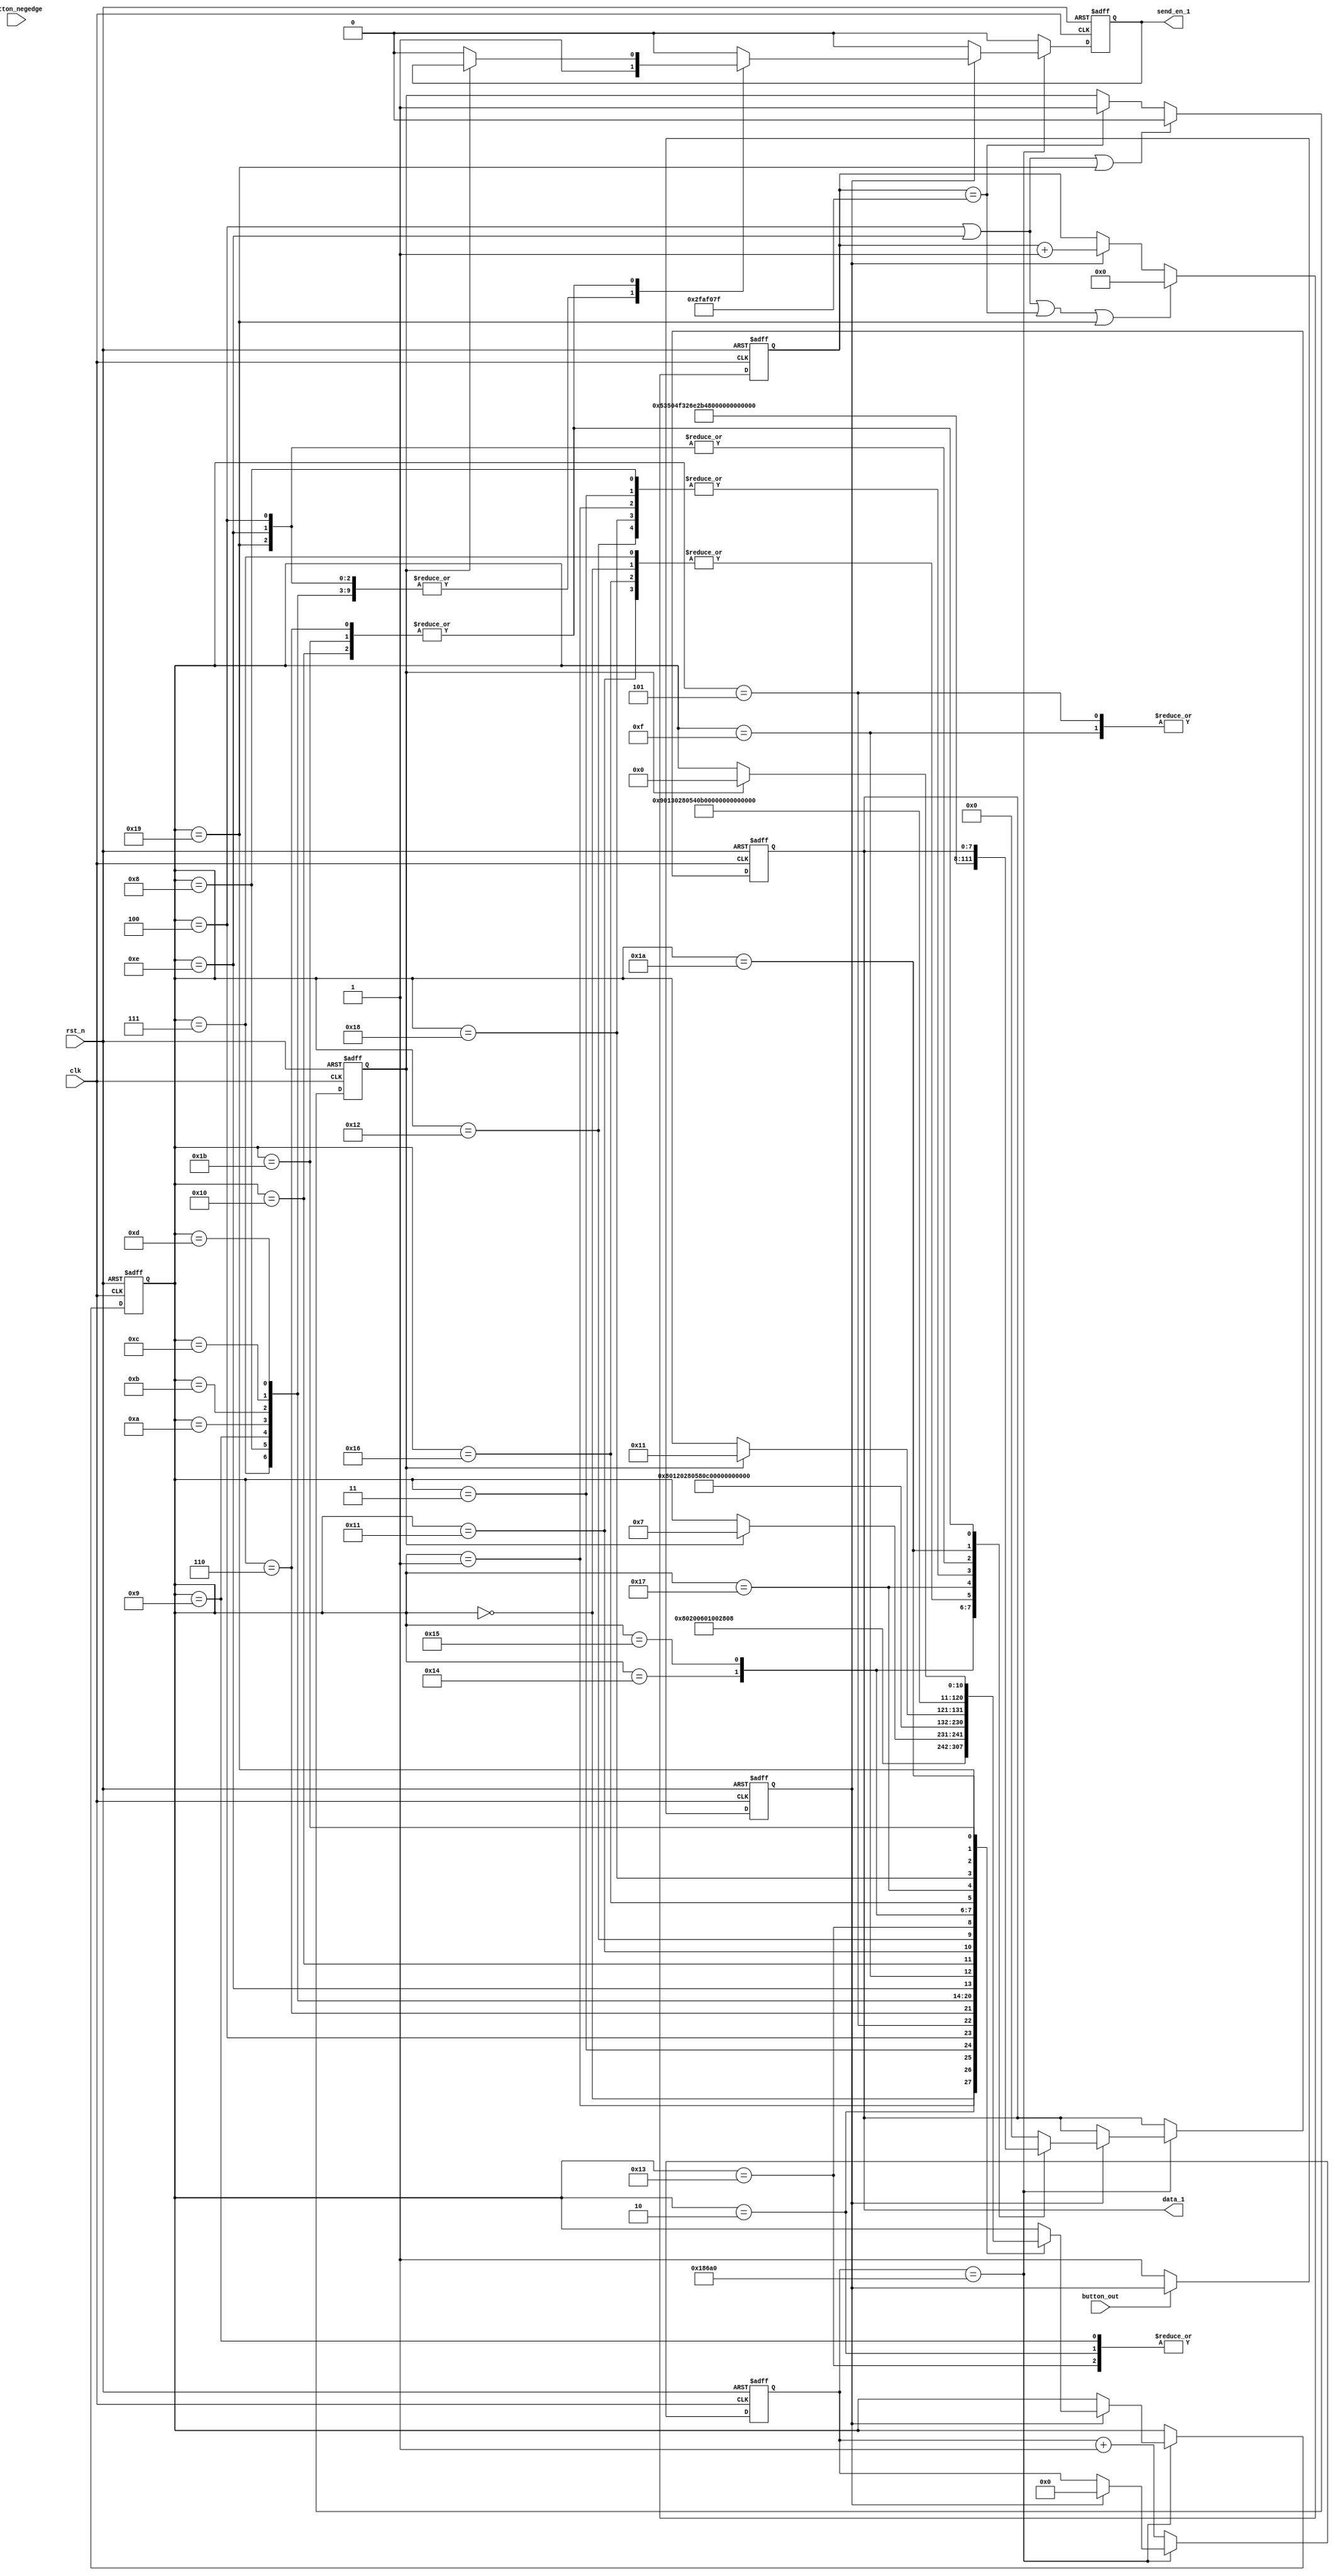
`timescale 1ns / 1ps
//////////////////////////////////////////////////////////////////////////////////
// Company: 
// Engineer: 
// 
// Design Name: 
// Module Name:    tx 
// Project Name: 
// Target Devices: 
// Tool versions: 
// Description: 
//
// Dependencies: 
//
// Revision: 
// Revision 0.01 - File Created
// Additional Comments: 
//
//////////////////////////////////////////////////////////////////////////////////
module tx1(
input clk,
input button_out,
input button_negedge,
input rst_n,

output reg [7:0] data_1,
output reg send_en_1

    );
 
localparam cnt_end='d100_000;	//10
	reg [27:0] cnt_1;
	reg [10:0] count_1;
   reg flag;
   reg [31:0]cnt;
   reg bt;
   
   
	always@(posedge clk or negedge rst_n)
 begin
   if(!rst_n)
   flag<=1'b0;
   else if(!button_out)
   flag<=1'b1;
   else
   flag<=flag;
 end
 always@(posedge clk or negedge rst_n)
 begin
   if(!rst_n)
      begin
       cnt<='d0;
     
      end
   else if((count_1=='d4)||(count_1=='d14)||(cnt=='d49_999_999)||(count_1=='d25))  begin
       cnt<='d0;
       
   end
 
   else if(flag)  begin
   cnt<=cnt+'d1;
   
   end
 end
 
  always@(posedge clk or negedge rst_n)
 begin
   if(!rst_n)
      begin
       
       bt<=0;
      end
   else if((count_1=='d14)||(count_1=='d4)||(count_1=='d25))
       bt<=0;
   else if(cnt=='d49_999_999)  begin
       bt<=1;
       
   end
 
   else   begin
    bt<=bt;
   
   end
 end
 
		always@(posedge clk or negedge rst_n)
	begin
	if(!rst_n)
		begin
			cnt_1<= 1'b0;
			data_1<= 1'b0;
			send_en_1 <= 1'b0;
         count_1<='d0;
		end
	else if(cnt_1 == cnt_end)//
		begin
		if(flag)//
		begin
			cnt_1 <= 1'b0;
		     //cnt_10
         
        
	    case(count_1)
			0:		begin data_1 <="A"; count_1<='d1; send_en_1<= 1'b1; end
			1: 	begin data_1 <="T"; count_1<='d2; send_en_1<= 1'b1; end
			2: 	begin data_1 <="+"; count_1<='d3; send_en_1<= 1'b1; end
         3:    begin data_1 <="T"; count_1<='d4; send_en_1<= 1'b1; end
         4:    begin data_1 <=8'b0000_1101;count_1<='d5; send_en_1<= 1'b1; end
        
         5:    begin 
               data_1 <="\n";
               send_en_1<= 1'b1;
               count_1<='d6; 
               end
         6:   begin
               if(bt)
               count_1<='d7; 
               else
               begin
               send_en_1<= 1'b0;
               count_1<=count_1; end
                 
               end
               
         7:    begin data_1 <="A"; count_1<='d8; send_en_1<= 1'b1;end
         8:    begin data_1 <="T"; count_1<='d9; send_en_1<= 1'b1;end
         9:    begin data_1 <="+"; count_1<='d10;send_en_1<= 1'b1;end
        10:    begin data_1 <="S"; count_1<='d11;send_en_1<= 1'b1;end
        11:    begin data_1 <="P"; count_1<='d12;send_en_1<= 1'b1;end
        12:    begin data_1 <="O"; count_1<='d13;send_en_1<= 1'b1;end
        13:    begin data_1 <="2"; count_1<='d14;send_en_1<= 1'b1;end
        14:    begin data_1 <=8'b0000_1101;count_1<='d15;send_en_1<= 1'b1;end
        15:    begin 
               data_1 <="\n";
               send_en_1<= 1'b1;
               count_1<='d16; 
               end
        16:    begin   
               if(bt)
               count_1<='d17;
               else               
                begin
               send_en_1<= 1'b0;
               count_1<=count_1; end
                 
               end
               
               
               
        17:    begin data_1 <="A"; count_1<='d18; send_en_1<= 1'b1;end
        18:    begin data_1 <="T"; count_1<='d19; send_en_1<= 1'b1;end
        19:    begin data_1 <="+"; count_1<='d20; send_en_1<= 1'b1;end
        20:    begin data_1 <="H"; count_1<='d21; send_en_1<= 1'b1;end
        21:    begin data_1 <="E"; count_1<='d22; send_en_1<= 1'b1;end
        22:    begin data_1 <="A"; count_1<='d23; send_en_1<= 1'b1;end
        23:    begin data_1 <="R"; count_1<='d24; send_en_1<= 1'b1;end
        24:    begin data_1 <="T"; count_1<='d25; send_en_1<= 1'b1;end
        25:    begin data_1 <=8'b0000_1101;count_1<='d26; send_en_1<= 1'b1;end  //1010
        26:    begin 
               data_1 <= 8'b0000_1010;
               send_en_1<= 1'b1;
               count_1<='d27; 
               end
        27:    begin   
               if(bt)
               count_1<='d0;
               else               
                begin
               send_en_1<= 1'b0;
               count_1<=count_1; end
                 
               end      
               
               
               
     



     
         
			
			default:begin data_1<=8'b0000_0000; send_en_1 <= 1'b0; end 
			endcase
		  end    
        else
          begin
          send_en_1 <= 1'b0; 
          count_1<=count_1;
          end
                  
                             
      end            
		else
			begin
			cnt_1<= cnt_1+1'b1;//"0"
			send_en_1 <= 1'b0;
			end
	end
   endmodule